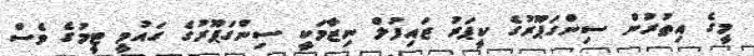
މީގެ އިތުރުން ސިންގަޕޫރުގެ ކީޕަރު ޒައިފުލް ނިޒާމަކީ ސިންގަޕޫރުގެ ގައުމީ ޓީމުގެ ވެސް